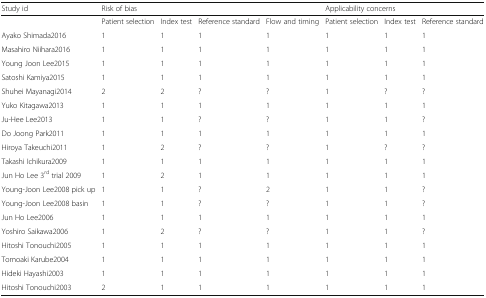
<table><thead><tr><td><b>Study id</b></td><td colspan="4"><b>Risk of bias</b></td><td colspan="3"><b>Applicability concerns</b></td></tr></thead><tbody><tr><td></td><td>Patient selection</td><td>Index test</td><td>Reference standard</td><td>Flow and timing</td><td>Patient selection</td><td>Index test</td><td>Reference standard</td></tr><tr><td>Ayako Shimada2016</td><td>1</td><td>1</td><td>1</td><td>1</td><td>1</td><td>1</td><td>1</td></tr><tr><td>Masahiro Niihara2016</td><td>1</td><td>1</td><td>1</td><td>1</td><td>1</td><td>1</td><td>1</td></tr><tr><td>Young Joon Lee2015</td><td>1</td><td>1</td><td>1</td><td>1</td><td>1</td><td>1</td><td>1</td></tr><tr><td>Satoshi Kamiya2015</td><td>1</td><td>1</td><td>1</td><td>1</td><td>1</td><td>1</td><td>1</td></tr><tr><td>Shuhei Mayanagi2014</td><td>2</td><td>2</td><td>?</td><td>?</td><td>1</td><td>?</td><td>?</td></tr><tr><td>Yuko Kitagawa2013</td><td>1</td><td>1</td><td>1</td><td>1</td><td>1</td><td>1</td><td>1</td></tr><tr><td>Ju-Hee Lee2013</td><td>1</td><td>1</td><td>?</td><td>?</td><td>1</td><td>1</td><td>?</td></tr><tr><td>Do Joong Park2011</td><td>1</td><td>1</td><td>1</td><td>1</td><td>1</td><td>1</td><td>1</td></tr><tr><td>Hiroya Takeuchi2011</td><td>1</td><td>2</td><td>?</td><td>?</td><td>1</td><td>?</td><td>?</td></tr><tr><td>Takashi Ichikura2009</td><td>1</td><td>1</td><td>1</td><td>1</td><td>1</td><td>1</td><td>1</td></tr><tr><td>Jun Ho Lee 3<sup>rd</sup> trial 2009</td><td>1</td><td>2</td><td>1</td><td>1</td><td>1</td><td>1</td><td>1</td></tr><tr><td>Young-Joon Lee2008 pick up</td><td>1</td><td>1</td><td>?</td><td>2</td><td>1</td><td>1</td><td>?</td></tr><tr><td>Young-Joon Lee2008 basin</td><td>1</td><td>1</td><td>?</td><td>?</td><td>1</td><td>1</td><td>?</td></tr><tr><td>Jun Ho Lee2006</td><td>1</td><td>1</td><td>1</td><td>1</td><td>1</td><td>1</td><td>1</td></tr><tr><td>Yoshiro Saikawa2006</td><td>1</td><td>2</td><td>?</td><td>?</td><td>1</td><td>1</td><td>?</td></tr><tr><td>Hitoshi Tonouchi2005</td><td>1</td><td>1</td><td>1</td><td>1</td><td>1</td><td>1</td><td>1</td></tr><tr><td>Tomoaki Karube2004</td><td>1</td><td>1</td><td>1</td><td>1</td><td>1</td><td>1</td><td>1</td></tr><tr><td>Hideki Hayashi2003</td><td>1</td><td>1</td><td>1</td><td>1</td><td>1</td><td>1</td><td>1</td></tr><tr><td>Hitoshi Tonouchi2003</td><td>2</td><td>1</td><td>1</td><td>1</td><td>1</td><td>1</td><td>1</td></tr></tbody></table>